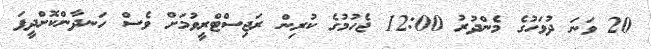
20 ވަނަ ދުވަހުގެ މެންދުރު 12:00 ޖެހުމުގެ ކުރިން ރަޖިސްޓްރީވުމަށް ވެސް ހަނދާންކޮށްދީފަ